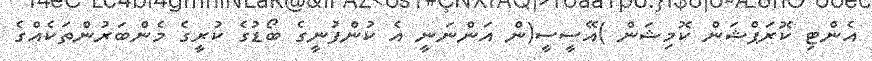
އެންޓި ކޮރަޕްޝަން ކޮމިޝަން )އޭސީސީ(ން އަންނަނީ އެ ކުންފުނީގެ ބޯޑުގެ ކުރީގެ މެންބަރުންތަކެއްގެ